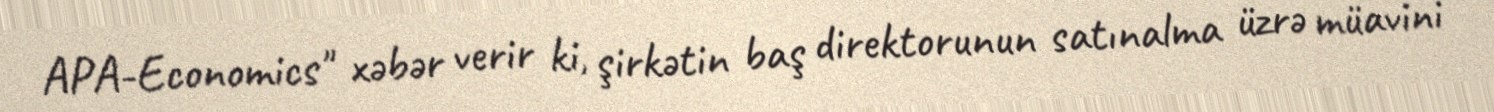
APA-Economics" xəbər verir ki, şirkətin baş direktorunun satınalma üzrə müavini